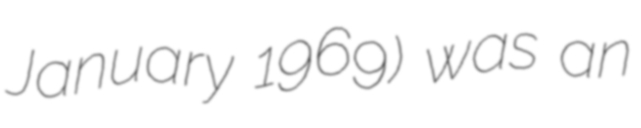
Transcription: January 1969) was an